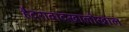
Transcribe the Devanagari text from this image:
हैदराबादखालोखाल